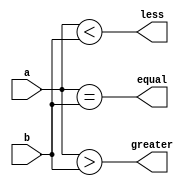
module two_bit_comparator(input [1:0] a, b, 
                              output equal, 
                              output greater,
                              output less);

    assign equal = (a == b);
    assign greater = (a > b);
    assign less = (a < b);

endmodule